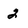
Character: 2